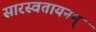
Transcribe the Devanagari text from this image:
सारस्वतायनम्